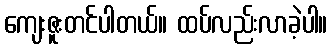
ကျေးဇူးတင်ပါတယ်။ ထပ်လည်းလာခဲ့ပါ။